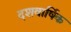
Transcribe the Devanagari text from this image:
दशवार्षिक